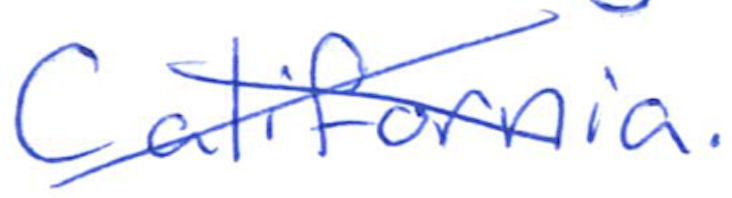
Text: California.
Cross-out: cross
Writing tool: ballpoint